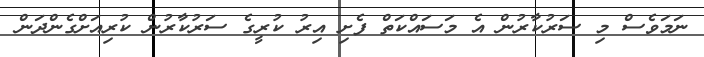
ނަމަވެސް މި ސަރުކާރުން އެ މަސައްކަތް ފެށި އިރު ކުރީގެ ސަރުކާރުން ކުރިއަށްގެންދަން